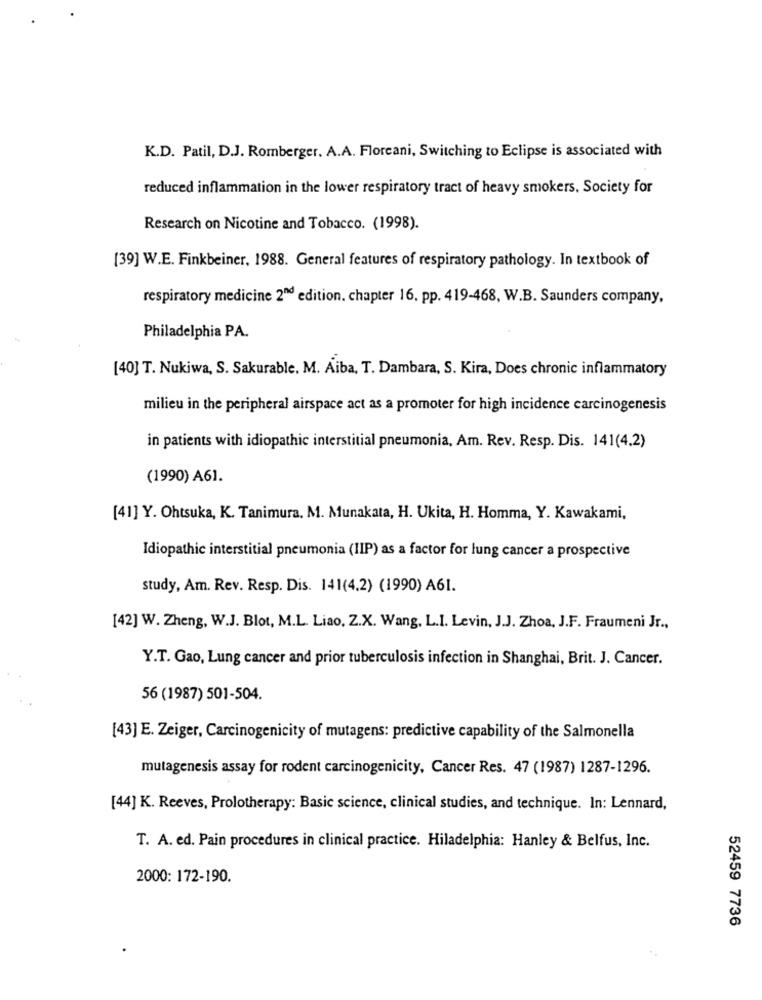
K.D. Patil, D.J. Romberger. A.A. Floreani, Switching to Eclipse is associated with
reduced inflammation in the lower respiratory tract of heavy smokers. Society for
Research on Nicotine and Tobacco. (1998).
[39] W.E. Finkbeiner, 1988. General features of respiratory pathology. In textbook of
respiratory medicine 2nd edition. chapter 16, pp. 419-468, W.B. Saunders company,
Philadelphia PA.
[40] T. Nukiwa, S. Sakurable, M. Aiba, T. Dambara, S. Kira, Does chronic inflammatory
milieu in the peripheral airspace act as a promoter for high incidence carcinogenesis
in patients with idiopathic interstitial pneumonia, Am. Rev. Resp. Dis. 141(4.2)
(1990) A61.
[41] Y. Ohtsuka, K. Tanimura. M. Munakata, H. Ukita, H. Homma, Y. Kawakami,
Idiopathic interstitial pneumonia (IIP) as a factor for lung cancer a prospective
study, Am. Rev. Resp. Dis. 141(4.2) (1990) A61.
[42] W. Zheng, W.J. Blot, M.L. Liao, Z.X. Wang, L.I. Levin, J.J. Zhoa, J.F. Fraumeni Jr .,
Y.T. Gao, Lung cancer and prior tuberculosis infection in Shanghai, Brit. J. Cancer.
56 (1987) 501-504.
[43] E. Zeiger, Carcinogenicity of mutagens: predictive capability of the Salmonella
mutagenesis assay for rodent carcinogenicity, Cancer Res. 47 (1987) 1287-1296.
[44] K. Reeves, Prolotherapy: Basic science, clinical studies, and technique. In: Lennard,
T. A. ed. Pain procedures in clinical practice. Hiladelphia: Hanley & Belfus, Inc.
2000: 172-190.
52459 7736